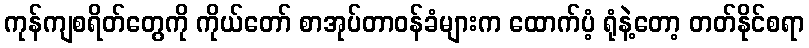
ကုန်ကျစရိတ်တွေကို ကိုယ်တော် စာအုပ်တာဝန်ခံများက ထောက်ပံ့ ရုံနဲ့တော့ တတ်နိုင်စရာ